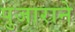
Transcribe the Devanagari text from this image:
पुजाराने